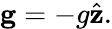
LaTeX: {\textbf{g}}=-g{\hat{\textbf{z}}}.